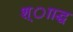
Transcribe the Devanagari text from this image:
श्ााद्ध